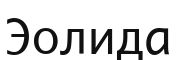
Эолида